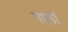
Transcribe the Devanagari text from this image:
गालां